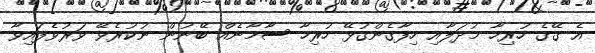
އެ ގޭގެ ހުރިހާ މުދަލާއި ހިފާގެންގުޅޭ ހުރިހާ ސާމާނެއް ބޭނުން ނުކުރެވޭ ވަރުވެފައިވާ